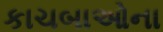
કાચબાઓના